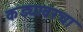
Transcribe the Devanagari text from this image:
कड्यावरचा